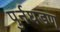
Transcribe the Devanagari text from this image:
पुर्नघडण